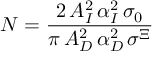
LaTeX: N = \frac { 2 \, A _ { I } ^ { 2 } \, \alpha _ { I } ^ { 2 } \, \sigma _ { 0 } } { \pi \, A _ { D } ^ { 2 } \, \alpha _ { D } ^ { 2 } \, \sigma ^ { \Xi } }